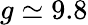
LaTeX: g\simeq 9.8